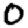
Digit: 0